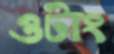
ওটাং